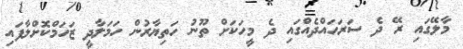
މާލޭގައި ރޭ ދެ ސަރަހައްދެއްގައި ދެ މީހަކަށް ތޫނު ހަތިޔާރުން ހަމަލާދީ ޒަހަމްކޮށްލާފައި